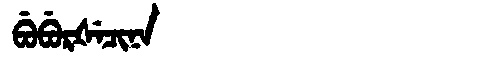
Manchu: ᠪᡠᠪᡠᡵᡧᡝᠴᡳᠨᠠ
Romanization: BUBURŠECINA